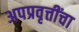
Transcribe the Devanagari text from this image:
अपप्रवृत्तींचा